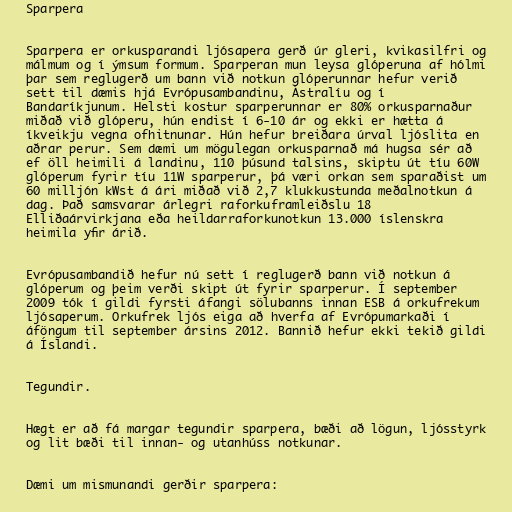
Sparpera

Sparpera er orkusparandi ljósapera gerð úr gleri, kvikasilfri og
málmum og í ýmsum formum. Sparperan mun leysa glóperuna af hólmi
þar sem reglugerð um bann við notkun glóperunnar hefur verið
sett til dæmis hjá Evrópusambandinu, Ástralíu og í
Bandaríkjunum. Helsti kostur sparperunnar er 80% orkusparnaður
miðað við glóperu, hún endist í 6-10 ár og ekki er hætta á
íkveikju vegna ofhitnunar. Hún hefur breiðara úrval ljóslita en
aðrar perur. Sem dæmi um mögulegan orkusparnað má hugsa sér að
ef öll heimili á landinu, 110 þúsund talsins, skiptu út tíu 60W
glóperum fyrir tíu 11W sparperur, þá væri orkan sem sparaðist um
60 milljón kWst á ári miðað við 2,7 klukkustunda meðalnotkun á
dag. Það samsvarar árlegri raforkuframleiðslu 18
Elliðaárvirkjana eða heildarraforkunotkun 13.000 íslenskra
heimila yfir árið.

Evrópusambandið hefur nú sett í reglugerð bann við notkun á
glóperum og þeim verði skipt út fyrir sparperur. Í september
2009 tók í gildi fyrsti áfangi sölubanns innan ESB á orkufrekum
ljósaperum. Orkufrek ljós eiga að hverfa af Evrópumarkaði í
áföngum til september ársins 2012. Bannið hefur ekki tekið gildi
á Íslandi.

Tegundir.

Hægt er að fá margar tegundir sparpera, bæði að lögun, ljósstyrk
og lit bæði til innan- og utanhúss notkunar.

Dæmi um mismunandi gerðir sparpera: